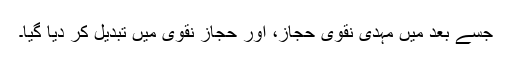
جسے بعد میں مہدی نقوی حجازؔ، اور حجازؔ نقوی میں تبدیل کر دیا گیا۔